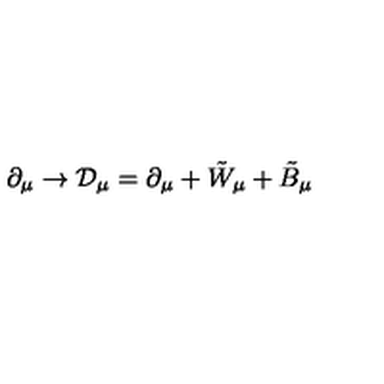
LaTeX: \partial _ { \mu } \rightarrow { \cal { D } } _ { \mu } = \partial _ { \mu } + { \tilde { W } } _ { \mu } + { \tilde { B } } _ { \mu }